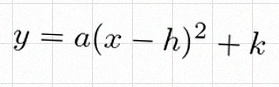
y=a(x-h)^2+k